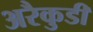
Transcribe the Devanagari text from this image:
अरैकुडी